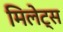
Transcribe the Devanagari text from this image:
मिलेट्स